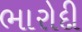
ભારોદી